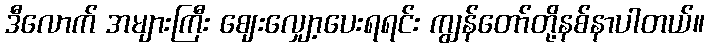
ဒီလောက် အများကြီး ဈေးလျှော့ပေးရရင်း ကျွန်တော်တို့နစ်နာပါတယ်။